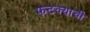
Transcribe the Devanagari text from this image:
फटक्याची